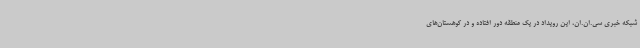
شبکه خبری سی.ان.ان، این رویداد در یک منطقه دور افتاده و در کوهستان‌های